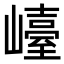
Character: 𡽩